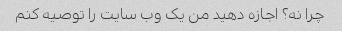
چرا نه؟ اجازه دهید من یک وب سایت را توصیه کنم